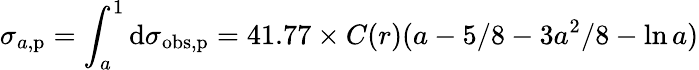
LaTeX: \sigma_{a,\mathrm{p}}=\int_{a}^{1}\mathrm{d}\sigma_{\mathrm{obs,p}}=41.77\times C(r)(a-5/8-3a^{2}/8-\ln{a})